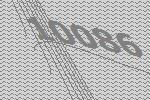
10086